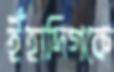
ইঁহাদিগকে